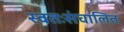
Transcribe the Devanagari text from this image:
स्वतःसंचालित